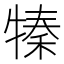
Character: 𤚩